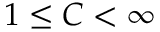
1 \leq C < \infty